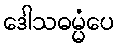
ဒေါသဓမ္မံပေ